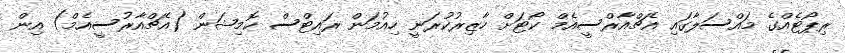
ރިޕޯޓެއްގެ މައްސަލާގައި އެޗްއާރްސީއެމް ކޯޓަށް ހާޒިރުކުރަނީ ހިއުމަން ރައިޓްސް ކޮމިޝަން (އެޗްއާރުސީއެމް) އިން